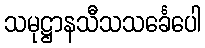
သမုဋ္ဌာနသီသသင်္ခေပေါ